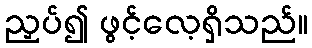
ညှပ်၍ ဖွင့်လေ့ရှိသည်။